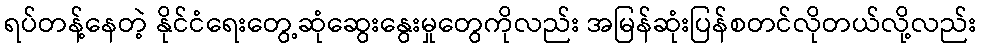
ရပ်တန့်နေတဲ့ နိုင်ငံရေးတွေ့ဆုံဆွေးနွေးမှုတွေကိုလည်း အမြန်ဆုံးပြန်စတင်လိုတယ်လို့လည်း